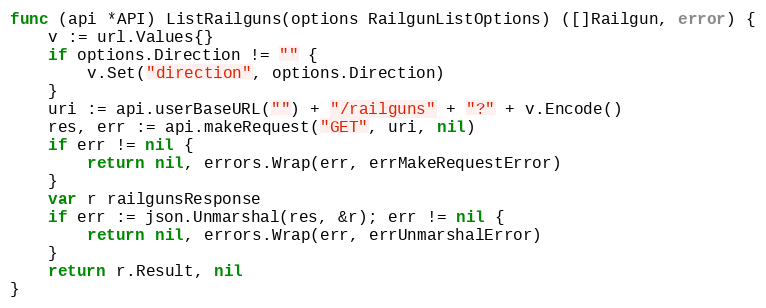
Language: Go
func (api *API) ListRailguns(options RailgunListOptions) ([]Railgun, error) {
	v := url.Values{}
	if options.Direction != "" {
		v.Set("direction", options.Direction)
	}
	uri := api.userBaseURL("") + "/railguns" + "?" + v.Encode()
	res, err := api.makeRequest("GET", uri, nil)
	if err != nil {
		return nil, errors.Wrap(err, errMakeRequestError)
	}
	var r railgunsResponse
	if err := json.Unmarshal(res, &r); err != nil {
		return nil, errors.Wrap(err, errUnmarshalError)
	}
	return r.Result, nil
}